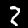
Label: 2